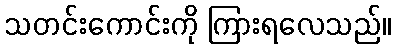
သတင်းကောင်းကို ကြားရလေသည်။